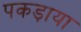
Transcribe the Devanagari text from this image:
पकड़ाया